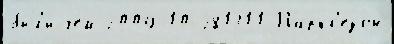
бы́л'и чем 2009-10-281311 Паркс'езон